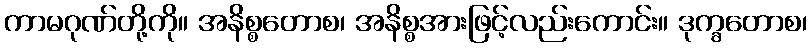
ကာမဂုဏ်တို့ကို။ အနိစ္စတောစ၊ အနိစ္စအားဖြင့်လည်းကောင်း။ ဒုက္ခတောစ၊